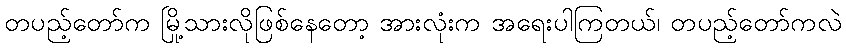
တပည့်တော်က မြို့သားလိုဖြစ်နေတော့ အားလုံးက အရေးပါကြတယ်၊ တပည့်တော်ကလဲ